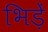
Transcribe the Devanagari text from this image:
भिड़ें